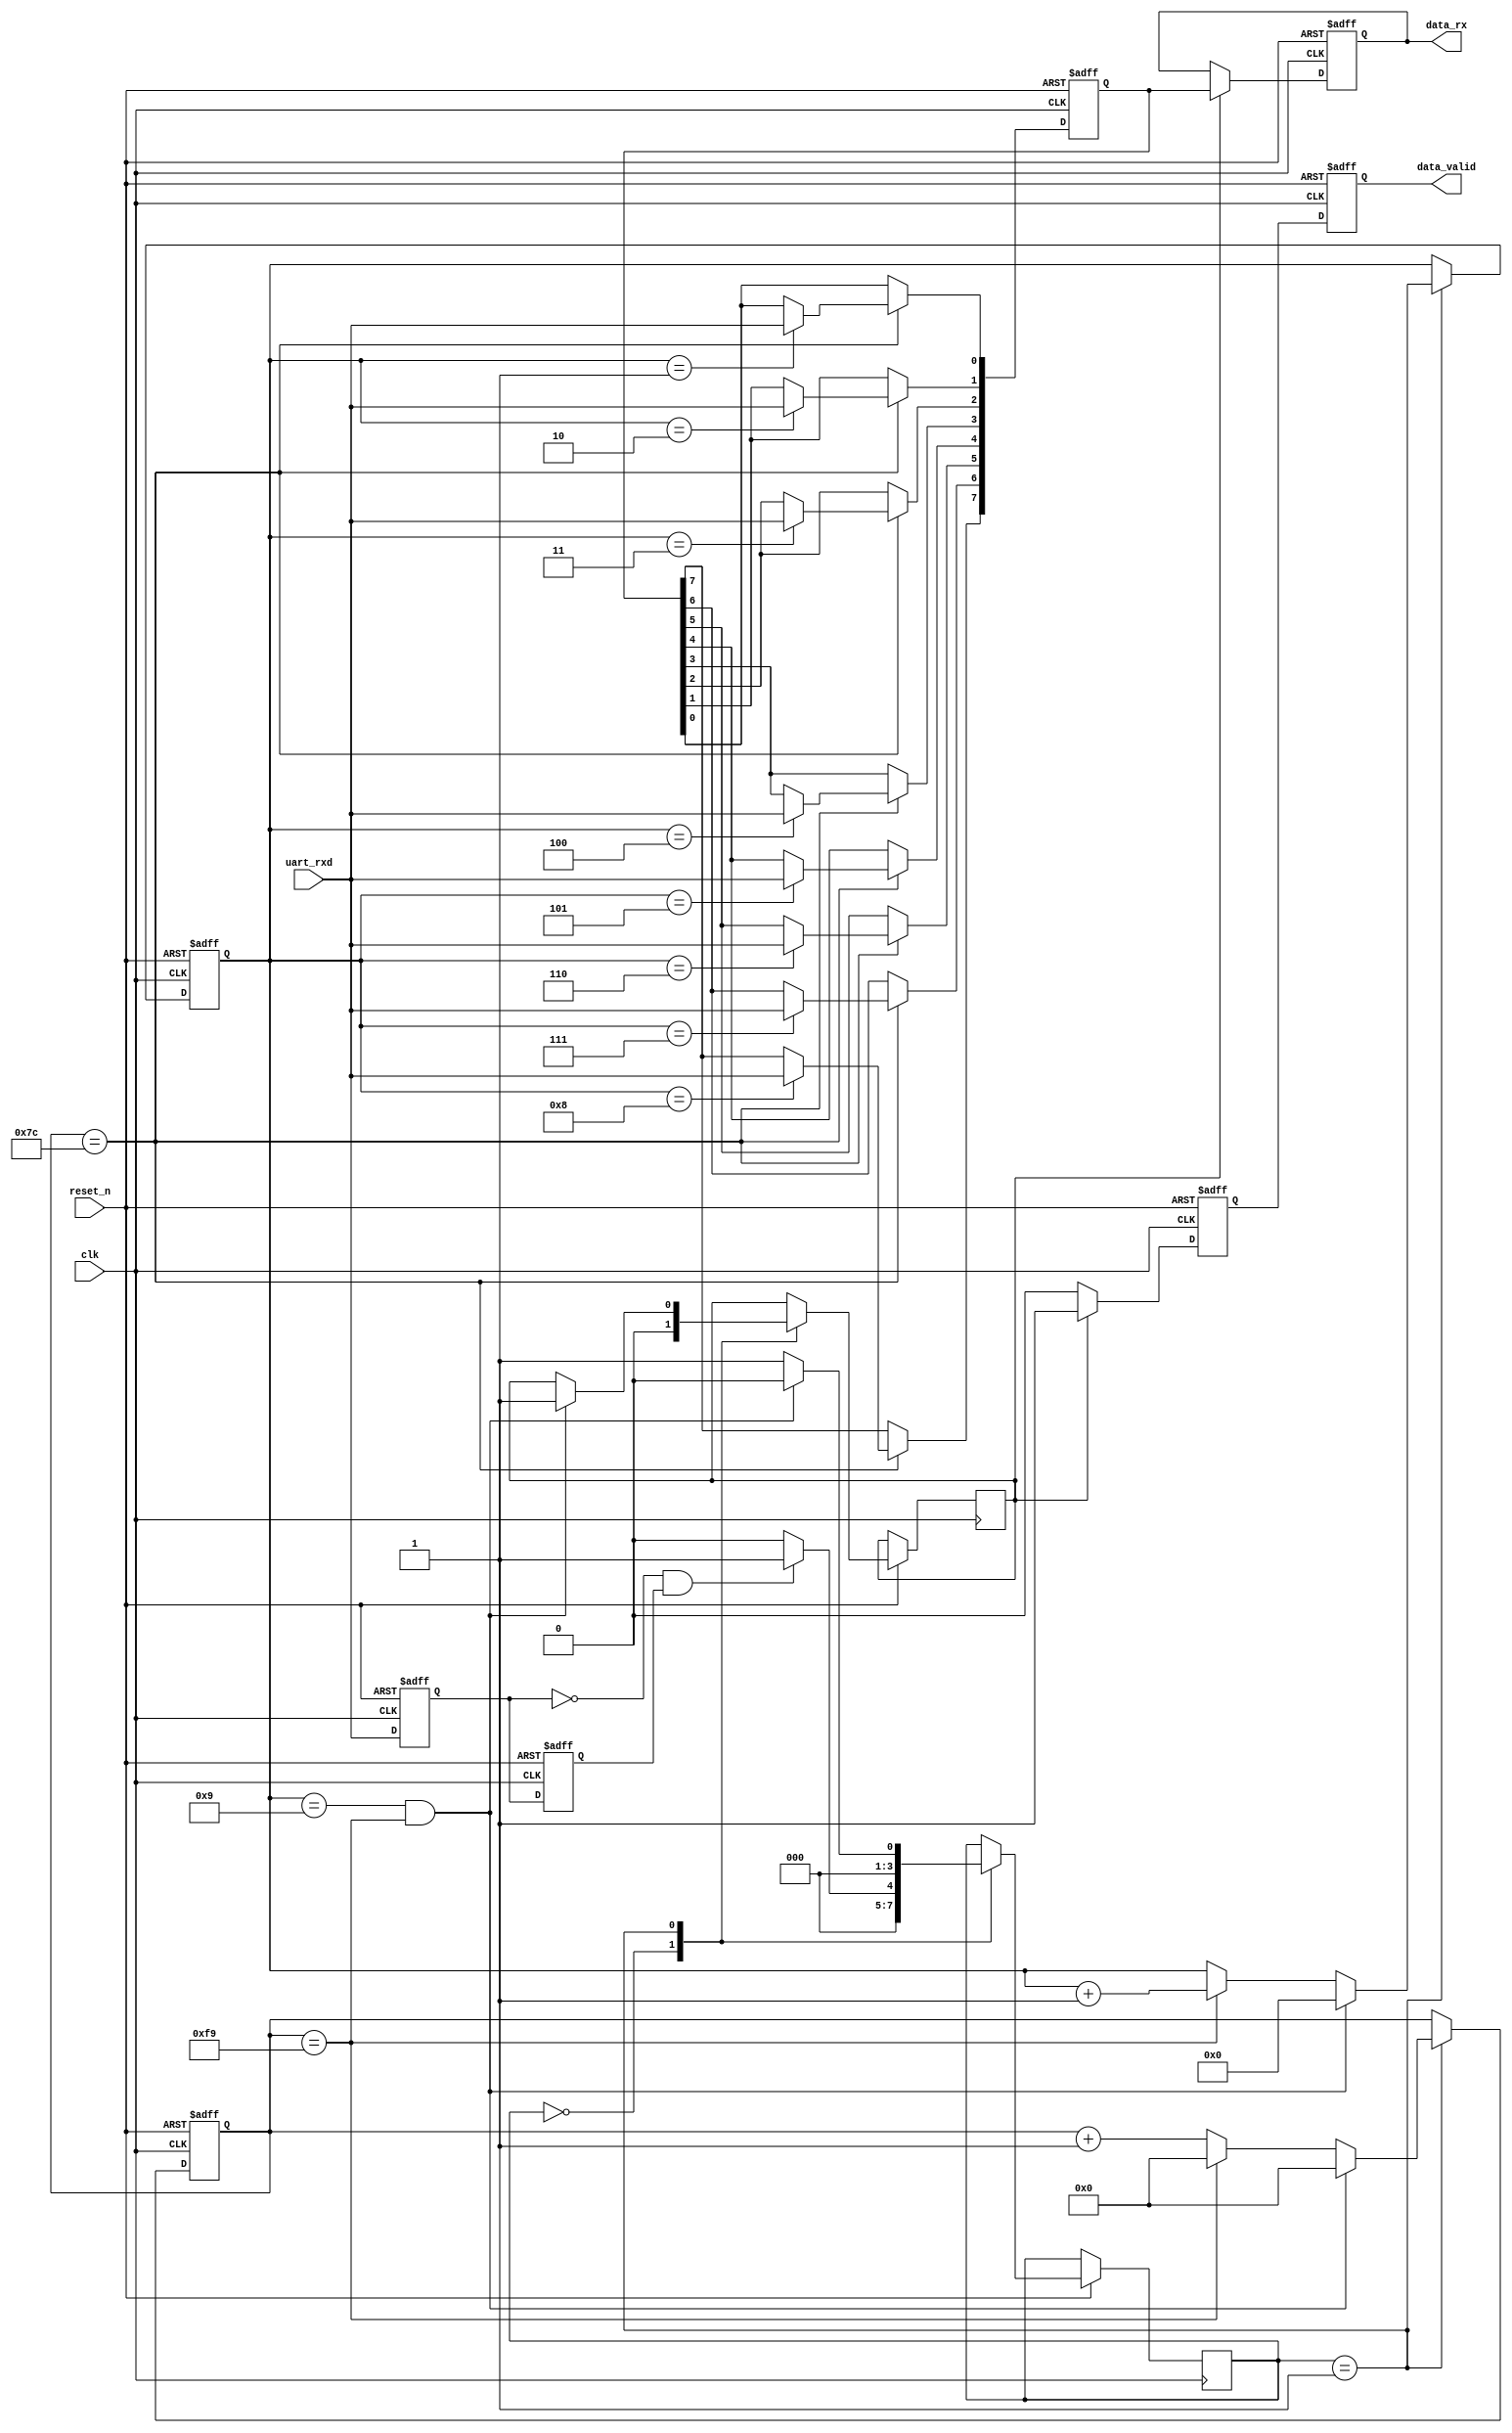
module uart_rx(
input					clk,		//
input					reset_n		/*synthesis keep*/,
input					uart_rxd	/*synthesis keep*/,
output	reg	  [7:0]		data_rx		/*synthesis keep*/,
output	reg				data_valid	/*synthesis keep*/

);

parameter			clk_cnt=128000000;
parameter			bps=512000;
parameter			turn_cnt=clk_cnt/bps-1;


reg					reg0;				//
reg					reg1;				//
wire				rx_begin;
reg	  	[7:0]		uart_data;
reg					valid;

always@(negedge clk or negedge reset_n)		//
begin
	if(!reset_n)
	begin	
		reg0<=1'b0;
		reg1<=1'b0;
	end
	else
	begin
		reg0<=uart_rxd;
		reg1<=reg0;
	end
end
assign 		rx_begin=~reg0&&reg1; 				//

reg		[3:0]		data_rxen;			//
reg		[10:0]		cnt;				//
reg		[3:0]		state;
reg					rx_en;	


always@(posedge clk or negedge reset_n)
begin
	if(!reset_n)
	begin
		data_rxen<=4'd0;
		cnt<=11'd0;
	end
	else	
	begin
		case(state)
		4'd0:begin
			valid<=1'b0;
			if(rx_begin)
			begin	
				state<=4'd1;
			end
			else
			begin
				state<=4'd0;
			end
		end
		4'd1:begin
			if((data_rxen==9)&&(cnt==turn_cnt))
			begin	
				data_rxen<=4'd0;
				cnt<=11'd0;
				valid<=1'b1;
				state<=4'd0;
			end
			else
			begin
				state<=4'd1;
				if(cnt==turn_cnt)
				begin
					data_rxen<=data_rxen+1'b1;
					cnt<=11'd0;
				end
				else
				begin
					cnt<=cnt+1'b1;
				end
			end
		end
		endcase
	end
end

always@(posedge clk or negedge reset_n)
begin
	if(!reset_n)
	begin
		uart_data<=8'd0;
	end
	else if(cnt==turn_cnt/2)
	begin
		case(data_rxen)
		4'd1:begin
			uart_data[0]<=uart_rxd;
		end
		4'd2:begin
			uart_data[1]<=uart_rxd;
		end
		4'd3:begin
			uart_data[2]<=uart_rxd;	
		end			
		4'd4:begin
			uart_data[3]<=uart_rxd;
		end			
		4'd5:begin
			uart_data[4]<=uart_rxd;
		end
		4'd6:begin
			uart_data[5]<=uart_rxd;
		end
		4'd7:begin
			uart_data[6]<=uart_rxd;
		end
		4'd8:begin
			uart_data[7]<=uart_rxd;
		end
		endcase
	end
end

always@(posedge clk or negedge reset_n)
begin
	if(!reset_n)
    begin
		data_rx<=8'd0;
        rx_en<=1'b0;
    end
    else if(valid)
    begin
    	data_rx[7:0]<=uart_data[7:0];
        rx_en<=1'b1;
    end
    else
    begin
    	rx_en<=1'b0;
    end
end    

always@(posedge clk or negedge reset_n)
begin
	if(!reset_n)
    begin
        data_valid<=1'b0;
    end
    else 
    begin
		data_valid<=rx_en;
    end
end   





	
endmodule